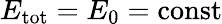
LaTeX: E_{\mathrm{tot}}=E_{0}=\mathrm{const}